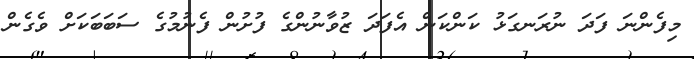
މިފެންނަ ފަދަ ނުރަނގަޅު ކަންކަން އެފަދަ ޒުވާނުންގެ ފުށުން ފެނުމުގެ ސަބަބަކަށް ވެގެން